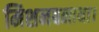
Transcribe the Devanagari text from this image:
मिशनबनाया।